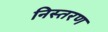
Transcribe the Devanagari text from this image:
निस्तरण